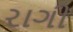
રાગી